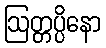
ဩတ္တပ္ပိနော